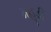
મહૂડી